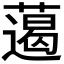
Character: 𱾨